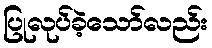
ပြုလုပ်ခဲ့သော်လည်း